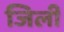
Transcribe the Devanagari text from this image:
जिली